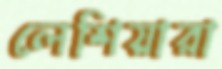
লেশিয়ারা